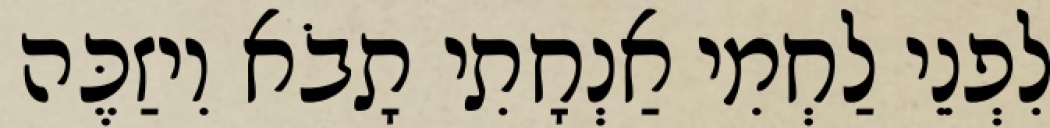
לִפְנֵי לַחְמִי אַנְחָתִי תָבֹא וִיזַכֶּה